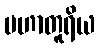
မဟာတူရိယ